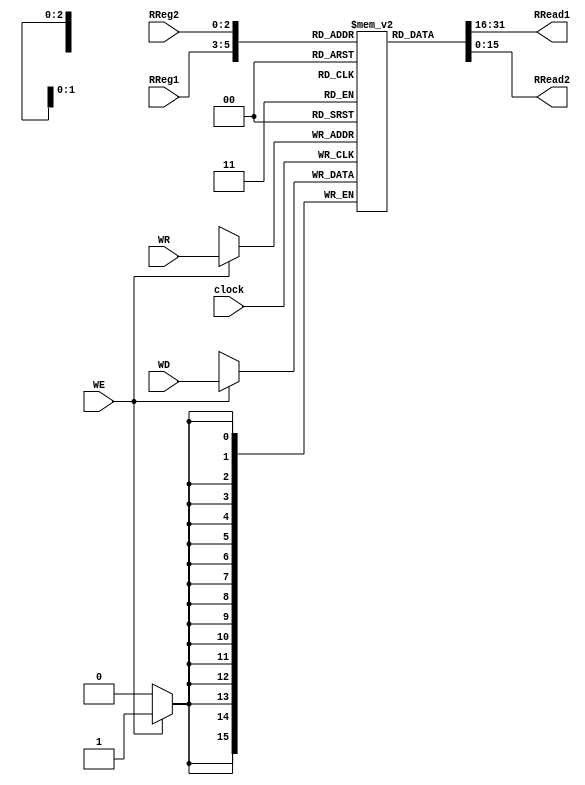
`timescale 1ns / 1ps
//////////////////////////////////////////////////////////////////////////////////
// Company: 
// Engineer: 
// 
// Design Name: 
// Module Name:    Regfile 
// Project Name: 
// Target Devices: 
// Tool versions: 
// Description: 
//
// Dependencies: 
//
// Revision: 
// Revision 0.01 - File Created
// Additional Comments: 
//
//////////////////////////////////////////////////////////////////////////////////
module Regfile( input clock,
					 input [2:0]RReg1, 	//address 1
					 input [2:0]RReg2, 	//address 2
					 input [2:0]WR, 		//address of reg to store in
					 input WE, 				// to enable writing 
					 input [15:0]WD, 		// data to save in the reg
					 output [15:0]RRead1, // data in address 1
					 output [15:0]RRead2); // data in address 2
	reg [15:0]MemBlock[0:7];
	integer i;
	initial
	begin
		for(i=0;i<8;i=i+1)
		begin
			MemBlock[i] = 0;
		end
	end
	always @(posedge clock)
	begin
		if(WE == 1) begin
			MemBlock[WR] <= WD;
		end		
	end
	
	assign RRead1 = MemBlock[RReg1];
	assign RRead2 = MemBlock[RReg2];

endmodule